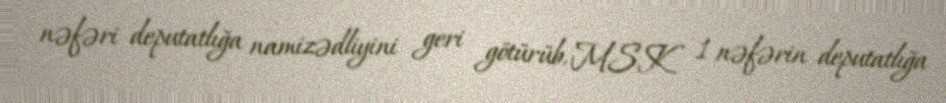
nəfəri deputatlığa namizədliyini geri götürüb, MSK 1 nəfərin deputatlığa